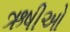
ઋષીઓ